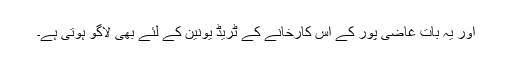
اور یہ بات غاضی پور کے اس کارخانے کے ٹریڈ یونین کے لئے بھی لاگو ہوتی ہے۔